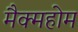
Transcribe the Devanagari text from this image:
मैक्महोम